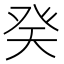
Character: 癸